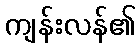
ကျန်းလန်၏